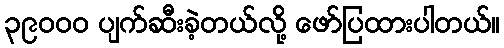
၃၉၀၀၀ ပျက်ဆီးခဲ့တယ်လို့ ဖော်ပြထားပါတယ်။